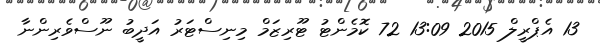
13 އެޕްރީލް 2015 13:09 72 ކޮމެންޓު ޓޫރިޒަމް މިނިސްޓަރު އަދީބު ނޫސްވެރިންނާ